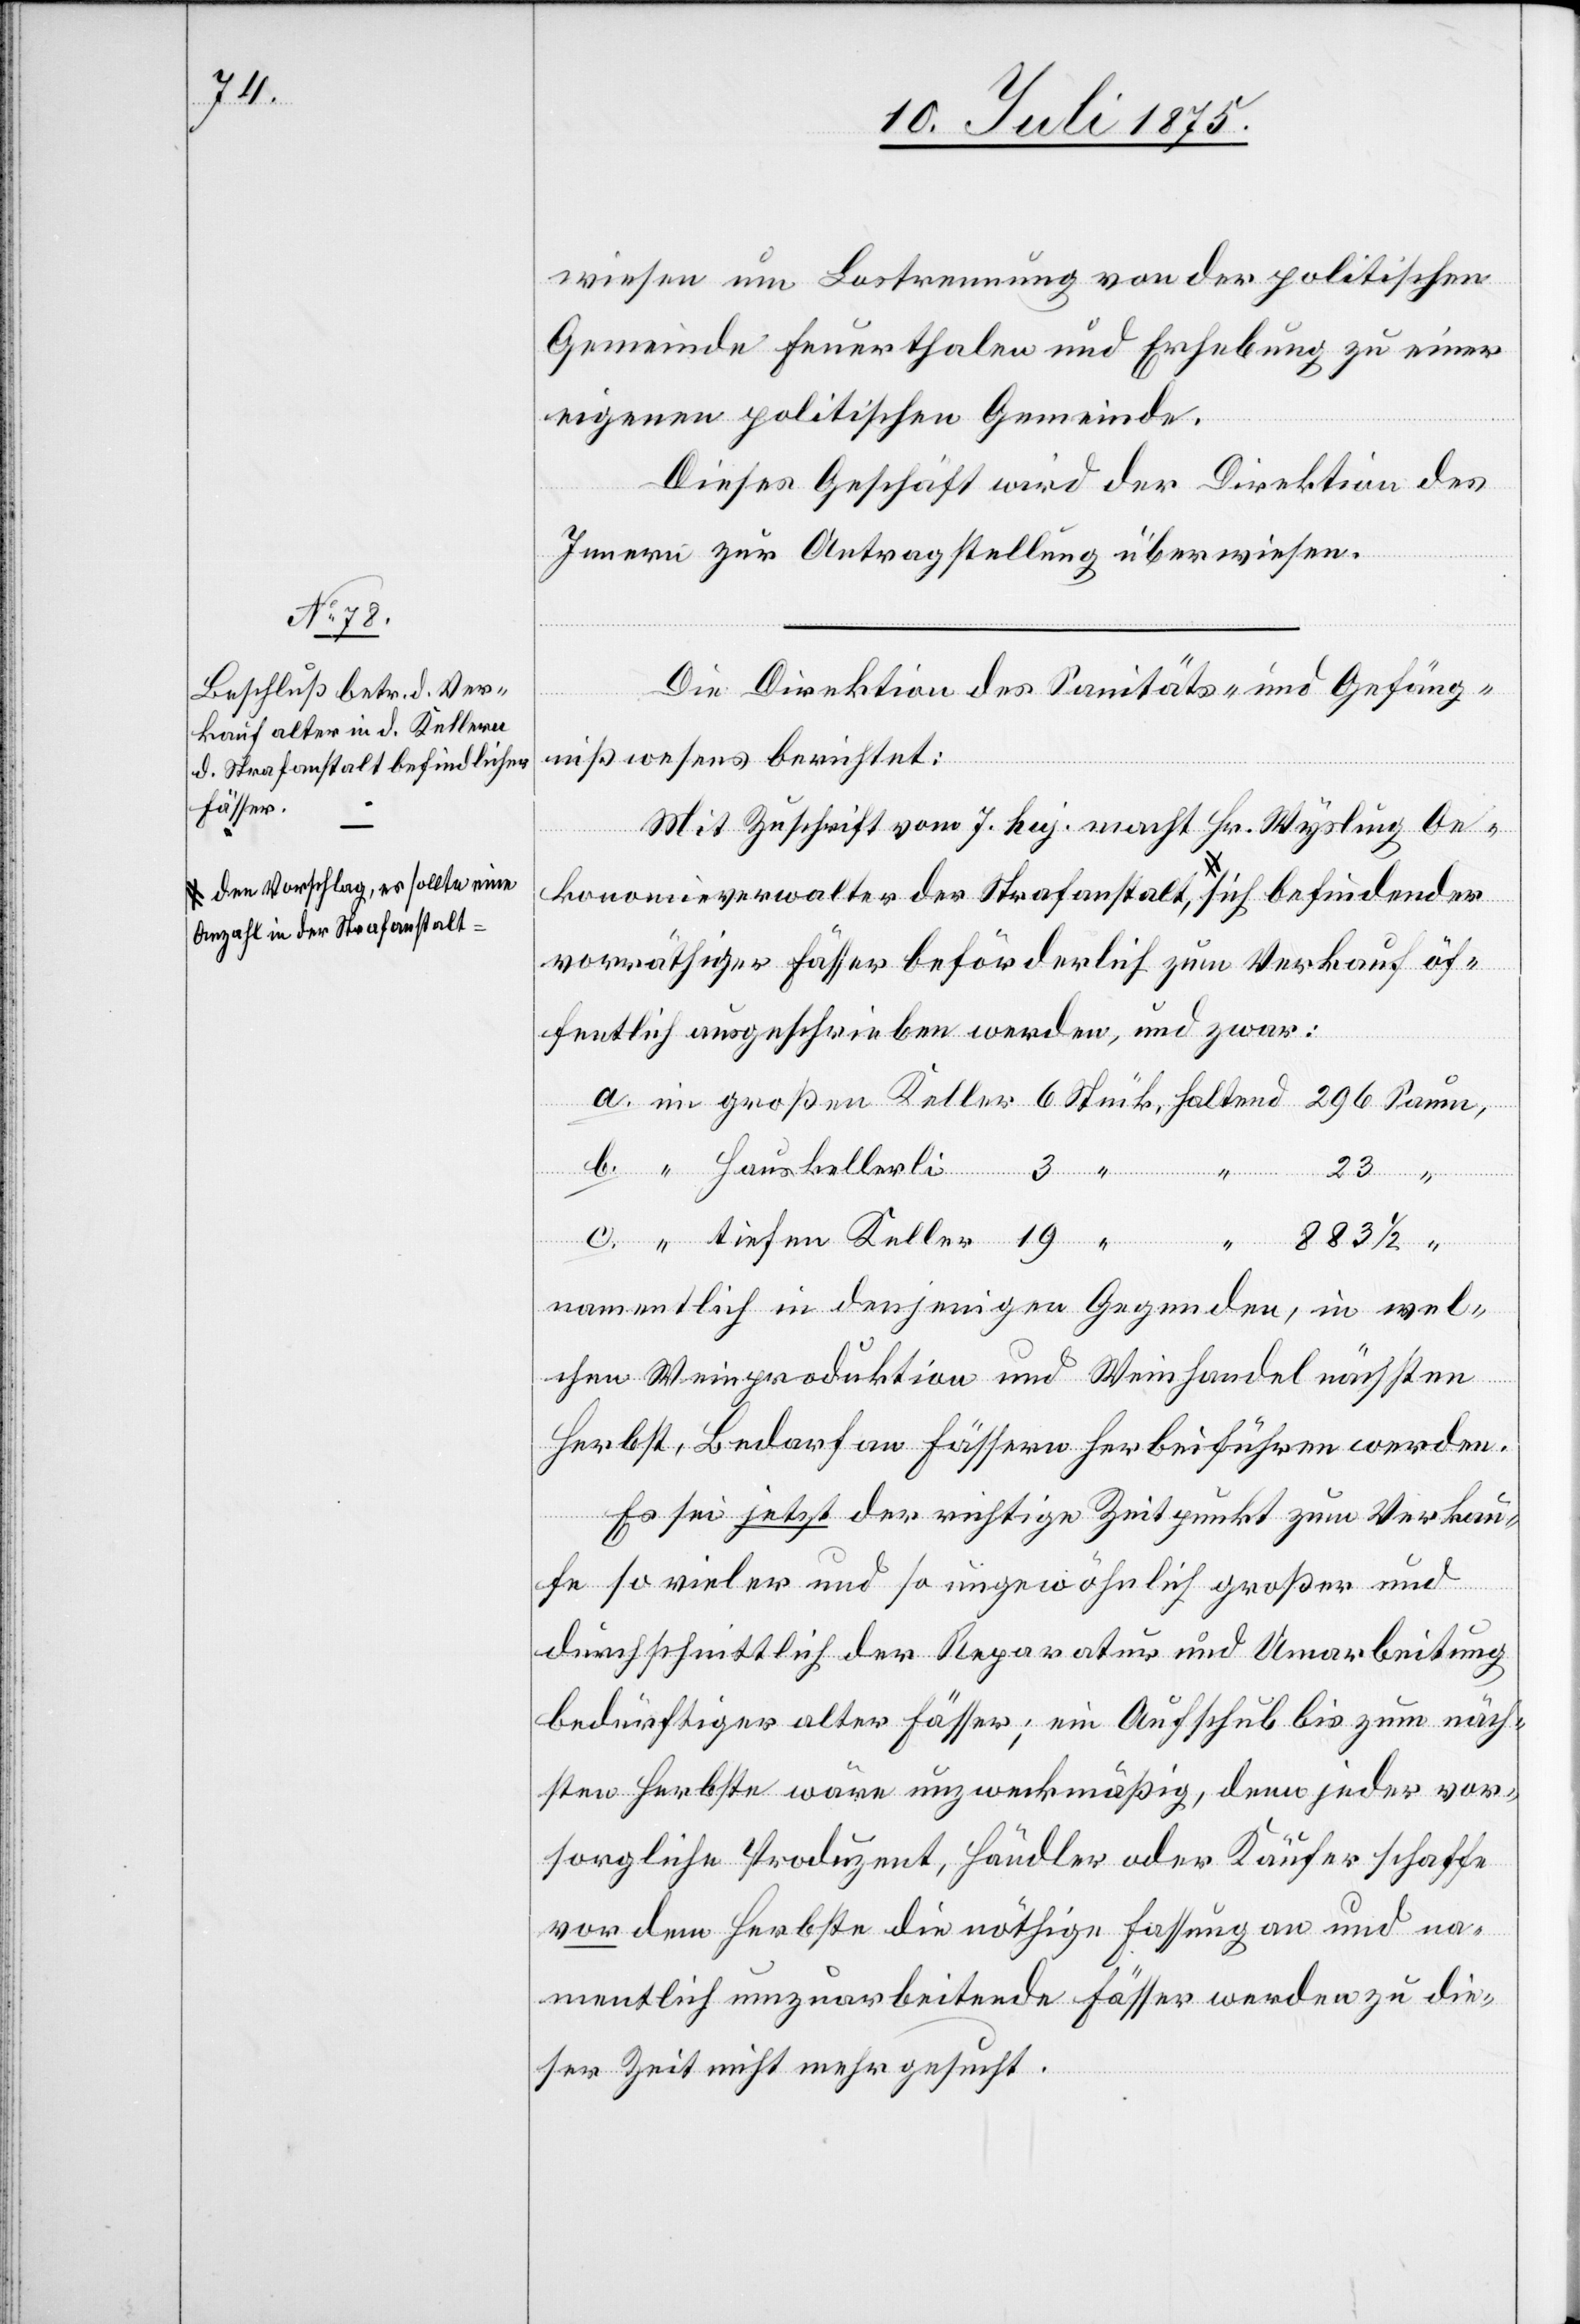
Anzahl in der Strafanstalt

tie¬

wiesen um Lostrennung von der politischen
Gemeinde Feuerthalen und Erhebung zu einer
eigenen politischen Gemeinde.
Dieses Geschäft wird der Direktion des
fen
Innern zur Antragstellung überwiesen.
Die Direktion des Sanitäts- und Gefäng¬
nißwesens berichtet:
Mit Zuschrift vom 7. huj. macht Hr. Wysling Oe¬
konomieverwalter der Strafanstalt den Vorschlag, es
vorräthiger Fässer beförderlich zum Verkauf öf¬
fentlich ausgeschrieben werden, und zwar:
namentlich in denjenigen Gegenden, in wel¬
chen Weinproduktion und Weinhandel nächsten
Herbst, Bedarf an Fässern herbeiführen werden.
Es sei jetzt der richtige Zeitpunkt zum Verkau¬
fe so vieler und so ungewöhnlich großer und
durchschnittlich der Reparatur und Umarbeitung
bedürftiger alter Fässer; ein Aufschub bis zum näch¬
sten Herbste wäre unzweckmäßig, denn jeder vor¬
sorgliche Produzent, Händler oder Käufer schaffe
vor dem Herbste die nöthige Fassung an und na¬
mentlich umzuarbeitende Fässer werden zu die¬
ser Zeit nicht mehr gesucht.